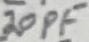
Text: 20PF